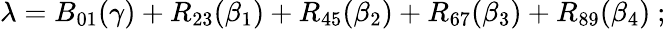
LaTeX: \lambda=B_{01}(\gamma)+R_{23}(\beta_{1})+R_{45}(\beta_{2})+R_{67}(\beta_{3})+R_{89}(\beta_{4})~;